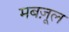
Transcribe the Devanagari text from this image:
मबज़ूल